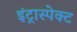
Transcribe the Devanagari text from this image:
इंट्रास्पेक्ट